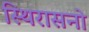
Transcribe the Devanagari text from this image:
स्थिरासनो